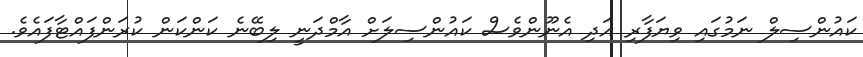
ކައުންސިލް ނަމުގައި ވިޔަފާރި އަދި އެނޫންވެސް ކައުންސިލަށް އާމްދަނީ ލިބޭނެ ކަންކަން ކުރަންފައްޓާފައެވެ.